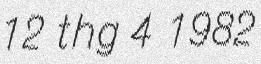
12 thg 4 1982